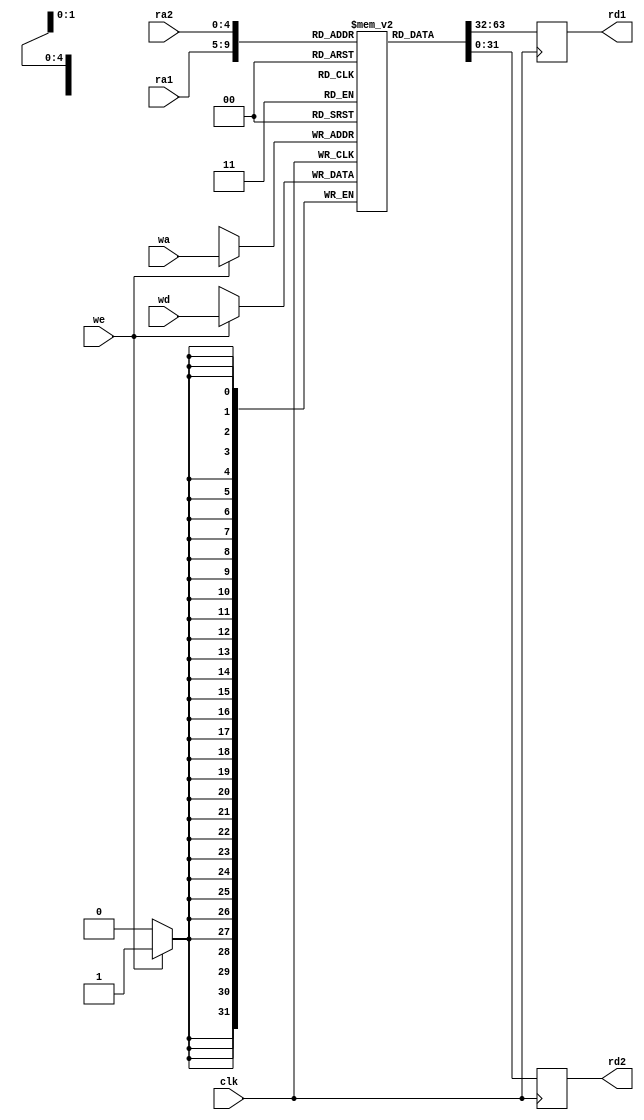
module gpr(clk,we,ra1,ra2,wa,wd,rd1,rd2);
  input                      clk,we;
  input        [4:0]         ra1,ra2,wa;
  input        [31:0]        wd;
  output       [31:0]        rd1,rd2;
  
  reg       [31:0]     rd1_reg;
  reg       [31:0]     rd2_reg;
  reg       [31:0]     rf  [31:0];
  
  integer			i ;
	initial	
	  begin
		   for (i = 0; i < 32; i = i + 1)
			    rf[i] <= 32'b0;
	  end
	
	always @(posedge clk)
    if(we) 
      rf[wa] <= wd;
        
	always@(posedge clk )
	  begin
	    rd1_reg <= rf[ra1];
	    rd2_reg <= rf[ra2];
	  end
	  
	assign rd1 = rd1_reg;	
  assign rd2 = rd2_reg;

endmodule